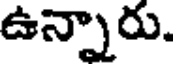
ఉన్నారు.